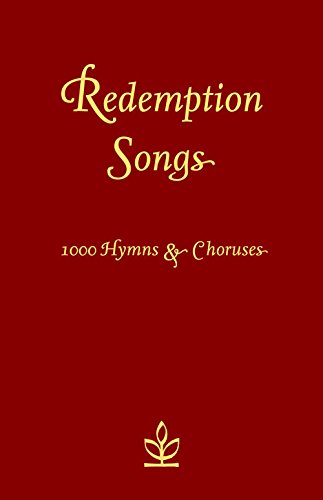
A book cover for Redemption Songs: 1000 Hymns & Choruses; Collins UK; Christian Books & Bibles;